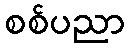
စစ်ပညာ